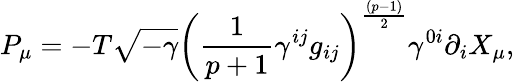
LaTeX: P_{\mu}=-T\sqrt{-\gamma}\left({\frac{1}{p+1}}\gamma^{ij}g_{ij}\right)^{\frac{(p-1)}{2}}\gamma^{0i}\partial_{i}X_{\mu},